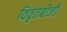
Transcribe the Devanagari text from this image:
विवृतबीजी